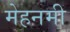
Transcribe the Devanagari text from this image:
मेहनमी